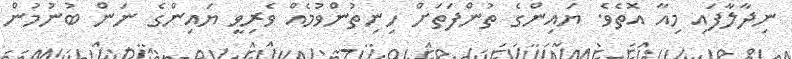
ނިދާލާފައި މިއާ އޮތެވެ. ޔައިންގެ ތުންފަތަށް ހިނިތުންވުމެއް ވެރިވީ ޔައިންގެ ނަން ބުނުމުން